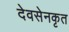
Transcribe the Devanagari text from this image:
देवसेनकृत